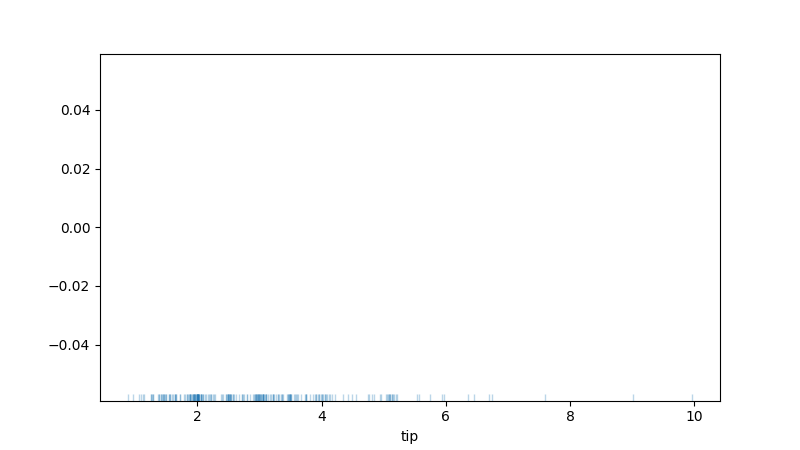
python, seaborn, rugplot, height=0.02, axis='x', alpha=0.3